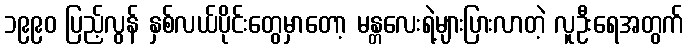
၁၉၉၀ ပြည့်လွန် နှစ်လယ်ပိုင်းတွေမှာတော့ မန္တလေးရဲ့များပြားလာတဲ့ လူဦးရေအတွက်